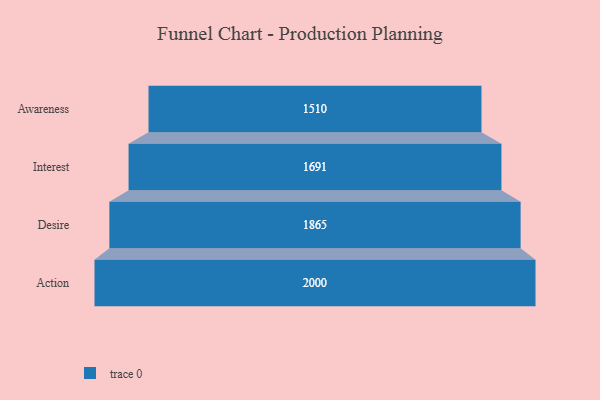
{"axis": {"x": "Stage", "y": "Value"}, "legend": [""], "data": [{"x": "Awareness", "y": 1510.0, "type": ""}, {"x": "Interest", "y": 1691.0, "type": ""}, {"x": "Desire", "y": 1865.0, "type": ""}, {"x": "Action", "y": 2000, "type": ""}]}